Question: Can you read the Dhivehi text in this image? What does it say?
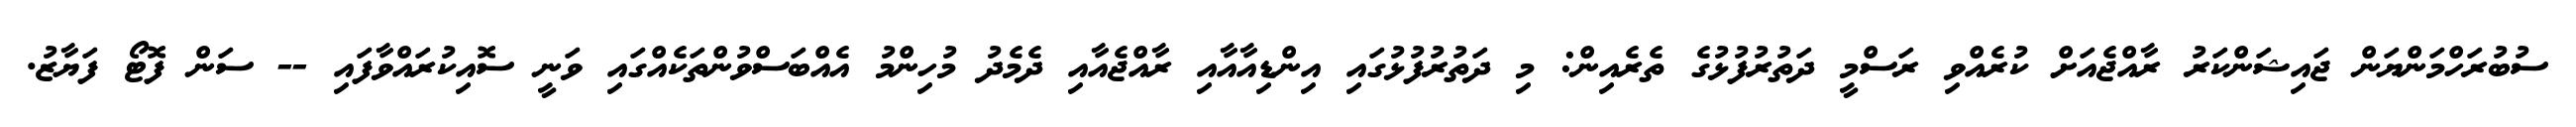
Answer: ސުބުރަހްމަންޔަން ޖައިޝަންކަރު ރާއްޖެއަށް ކުރެއްވި ރަސްމީ ދަތުރުފުޅުގެ ތެރެއިން: މި ދަތުރުފުޅުގައި އިންޑިއާއާއި ރާއްޖެއާއި ދެމެދު މުހިންމު އެއްބަސްވުންތަކެއްގައި ވަނީ ސޮއިކުރައްވާފައި -- ސަން ފޮޓޯ ފަޔާޒު.